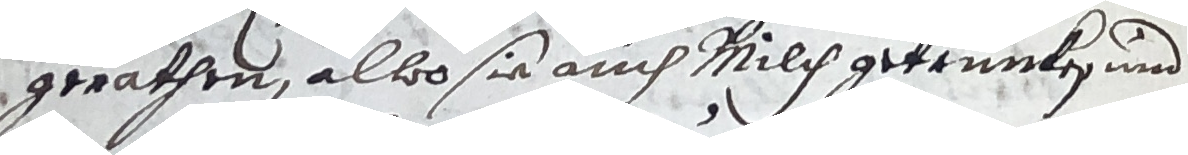
gerathen, alls sie auch milch getrunken und